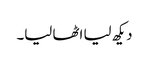
دیکھ لیا اٹھا لیا۔